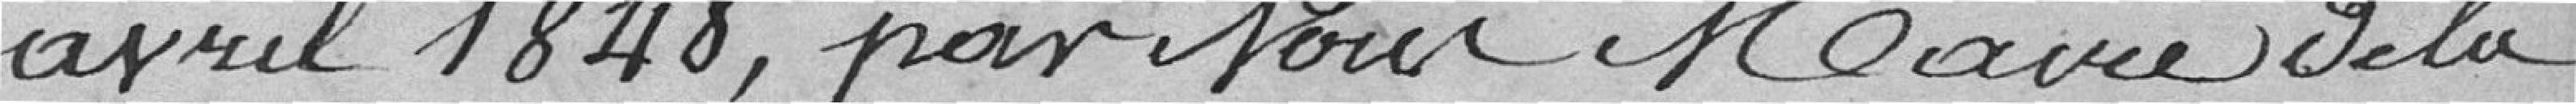
avril 1848, par Nous Maire de la